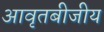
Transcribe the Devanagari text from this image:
आवृतबीजीय